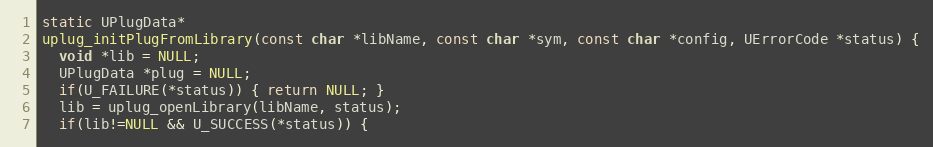
Language: C++
static UPlugData*
uplug_initPlugFromLibrary(const char *libName, const char *sym, const char *config, UErrorCode *status) {
  void *lib = NULL;
  UPlugData *plug = NULL;
  if(U_FAILURE(*status)) { return NULL; }
  lib = uplug_openLibrary(libName, status);
  if(lib!=NULL && U_SUCCESS(*status)) {